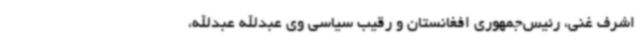
اشرف غنی، رئیس‌جمهوری افغانستان و رقیب سیاسی وی عبدالله عبدالله،